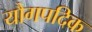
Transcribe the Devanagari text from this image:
यौगपदिक